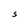
Character: S